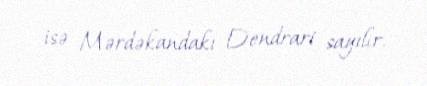
isə Mərdəkandakı Dendrari sayılır.